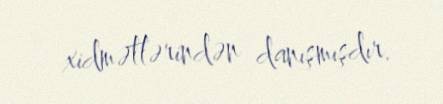
xidmətlərindən danışmışdır.